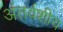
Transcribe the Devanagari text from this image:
अंतर्वशीय